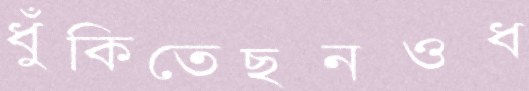
ধুঁকিতেছনওধ